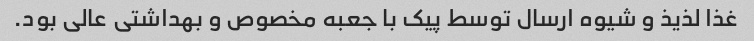
غذا لذیذ و شیوه ارسال توسط پیک با جعبه مخصوص و بهداشتی عالی بود.